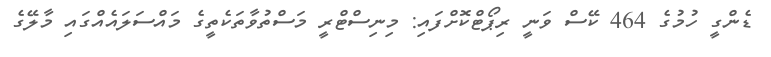
ޑެންގީ ހުމުގެ 464 ކޭސް ވަނީ ރިޕޯޓްކޮށްފައި: މިނިސްޓްރީ މަސްތުވާތަކެތީގެ މައްސަލައެއްގައި މާލޭގެ